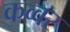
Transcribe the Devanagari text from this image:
कव्वर